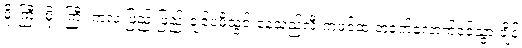
မိုးကြီး မိုးးကြီး ကလဲ ဖြည်းဖြည်းချင်ပဲဖိသွင်းနေသည်လီးကဖင်ထဲ တဝက်လောက်ဝင်သွားချိန်